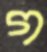
গ